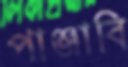
পাঞ্জাবি